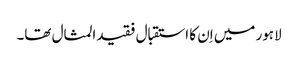
لاہور میں اِن کا استقبال فقیدالمثال تھا۔